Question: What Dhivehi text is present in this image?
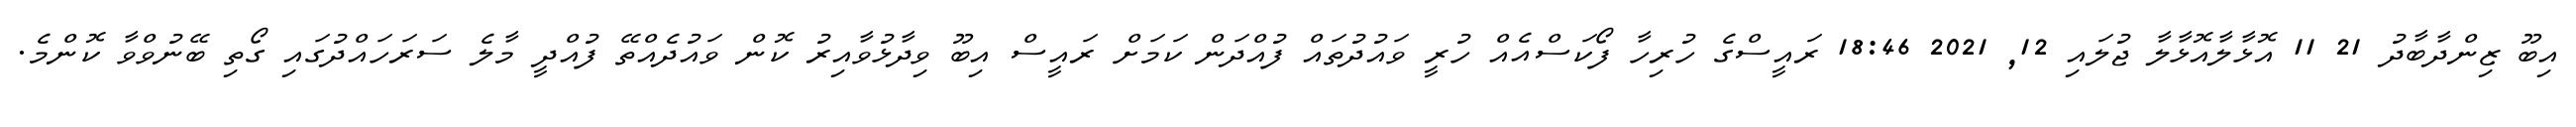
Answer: އިބޫ ޒިންދާބާދު 21 11 އޮޅާލާއޮޅާލާ ޖުލައި 12, 2021 18:46 ރައީސްގެ ހުރިހާ ފޯކަސްއެއް ހުރީ ވައުދުތައް ފުއްދަން ކަމަށް ރައީސް އިބޫ ވިދާޅުވާއިރު ކޮން ވައުދެއްތޭ ފުއްދީ މާލެ ސަރަހައްދުގައި ގޯތި ބޭނުވްވާ ކޮންމެ.